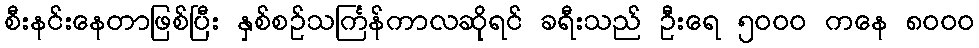
စီးနင်းနေတာဖြစ်ပြီး နှစ်စဉ်သင်္ကြန်ကာလဆိုရင် ခရီးသည် ဦးရေ ၅၀၀၀ ကနေ ၈၀၀၀